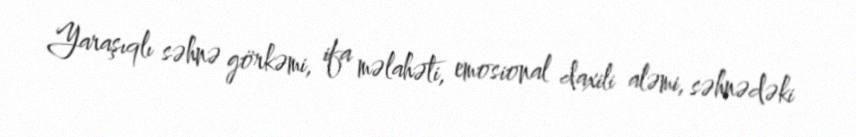
Yaraşıqlı səhnə görkəmi, ifa məlahəti, emosional daxili aləmi, səhnədəki